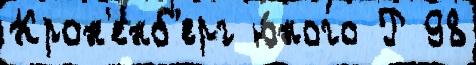
Крон'енб'ерг ю́ного Р 98